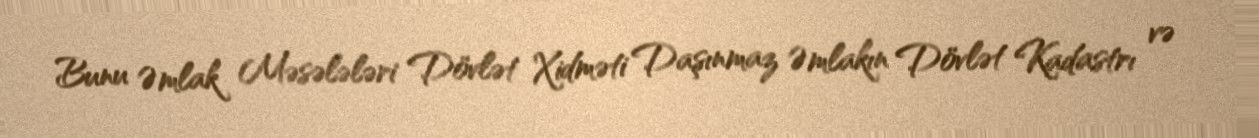
Bunu Əmlak Məsələləri Dövlət Xidməti Daşınmaz Əmlakın Dövlət Kadastrı və